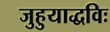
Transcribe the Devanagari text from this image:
जुहुयाद्धविः